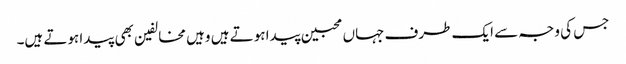
جس کی وجہ سے ایک طرف جہاں محبین پیدا ہوتے ہیں وہیں مخالفین بھی پیدا ہوتے ہیں۔